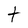
Character: t